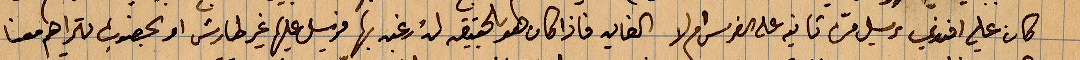
كان علي افندي مرسل من ثانية على الفرس ام لا الغاية فاذا كان هو بلحقيبة له رغبة بها فيرسل عليها غير طارش او ... يتراهم معنا